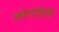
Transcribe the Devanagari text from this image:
लोगोठेते